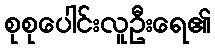
စုစုပေါင်းလူဦးရေ၏